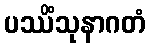
ပဿိံသုနာဂတံ